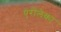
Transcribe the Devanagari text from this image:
एरोलेका